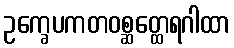
ဥက္ခေပကတဝစ္ဆတ္ထေရဂါထာ